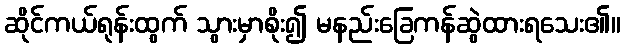
ဆိုင်ကယ်ရုန်းထွက် သွားမှာစိုး၍ မနည်းခြေကန်ဆွဲထားရသေး၏။